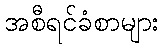
အစီရင်ခံစာများ